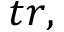
t r ,